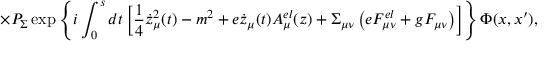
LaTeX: \times P _ { \Sigma } \exp \left\{ i \int _ { 0 } ^ { s } d t \left[ \frac 1 4 \dot { z } _ { \mu } ^ { 2 } ( t ) - m ^ { 2 } + e \dot { z } _ { \mu } ( t ) A _ { \mu } ^ { e l } ( z ) + \Sigma _ { \mu \nu } \left( e F _ { \mu \nu } ^ { e l } + g F _ { \mu \nu } \right) \right] \right\} \Phi ( x , x ^ { \prime } ) ,